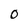
Character: O